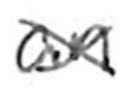
Text: an
Cross-out: cross
Writing tool: ballpoint